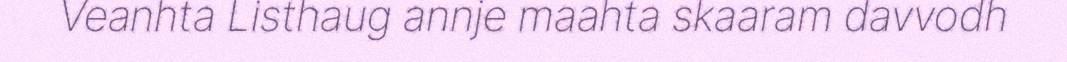
Veanhta Listhaug annje maahta skaaram davvodh